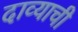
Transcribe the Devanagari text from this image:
दाव्याची